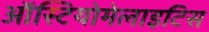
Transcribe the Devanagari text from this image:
ऑस्टियोमेलाइटिस